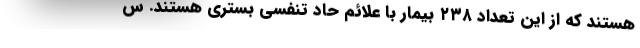
هستند که از این تعداد ۲۳۸ بیمار با علائم حاد تنفسی بستری هستند. س